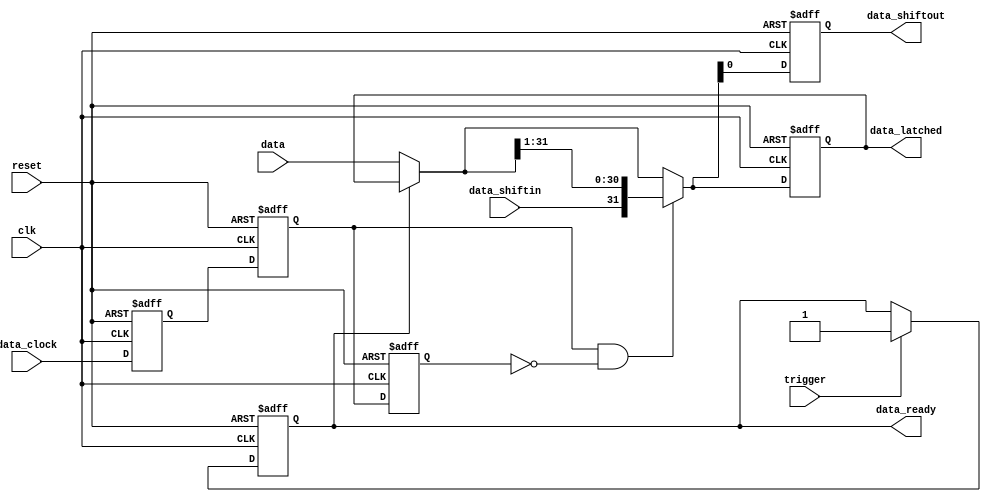
module output_register(
	input clk,
	
	input trigger,
	input reset,
	input [31:0] data,
	output reg [31:0] data_latched,
	output reg data_ready,
	
	input data_clock,
	input data_shiftin,
	output reg data_shiftout
);

	reg trigger_latched;
	reg data_clock_prev;
	
	reg data_clock_sync1, data_clock_sync2;
	
	always @( negedge clk or negedge reset )
	begin

		if( ~reset )
		begin
			data_clock_prev <= 0;
			data_ready <= 0;
			data_latched = 0;
			data_shiftout = 0;
			data_clock_sync1 <= 0;
			data_clock_sync2 <= 0;
		end
		else
		begin
		
			data_clock_sync1 <= data_clock;
			data_clock_sync2 <= data_clock_sync1;
		
			if( data_ready == 0 )
				data_latched = data;
				
			if( trigger )
				data_ready = 1;
			
			if( data_clock_sync2 == 1 && data_clock_prev == 0 )
			begin
				data_latched = { data_shiftin, data_latched[31:1] };
				data_clock_prev <= 1;
			end
				
			data_clock_prev <= data_clock_sync2;
			data_shiftout = data_latched[0];
		
		end
	end
					
endmodule